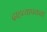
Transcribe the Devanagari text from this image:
दाहव्यापकता